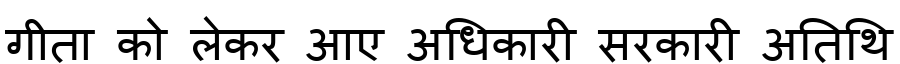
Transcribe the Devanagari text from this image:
गीता को लेकर आए अधिकारी सरकारी अतिथि